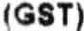
(GST)